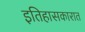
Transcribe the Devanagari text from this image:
इतिहासकारात